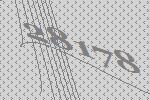
28178